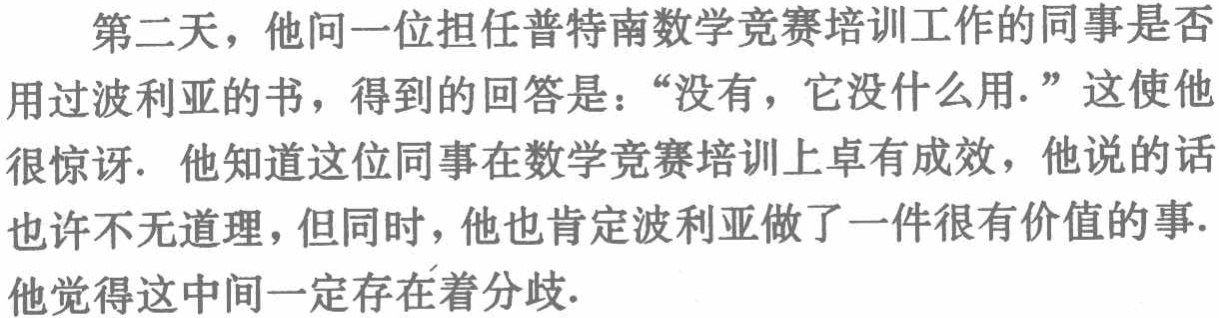
第二天，他问一位担任普特南数学竞赛培训工作的同事是否

用过波利亚的书，得到的回答是：“没有，它没什么用.” 这使他

很惊讶. 他知道这位同事在数学竞赛培训上卓有成效，他说的话

也许不无道理，但同时，他也肯定波利亚做了一件很有价值的事.

他觉得这中间一定存在着分歧.